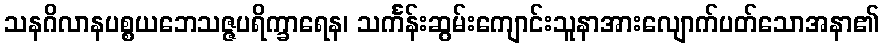
သနဂိလာနပစ္စယဘေသဇ္ဇပရိက္ခာရေန၊ သင်္ကန်းဆွမ်းကျောင်းသူနာအားလျောက်ပတ်သောအနာ၏